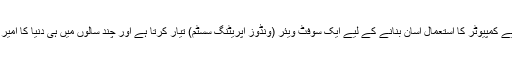
ایک شخص لوگوں کے لیے کمپیوٹر کا استعمال آسان بنانے کے لیے ایک سوفٹ ویئر (ونڈوز آپریٹنگ سسٹم) تیار کرتا ہے اور چند سالوں میں ہی دنیا کا امیر ترین شخص بن جاتا ہے۔